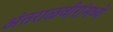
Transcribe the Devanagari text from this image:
अंतराळवीरांमध्ये